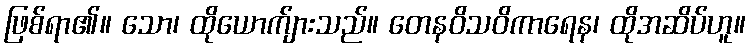
ဖြစ်ရာ၏။ သော၊ ထိုယောက်ျားသည်။ တေနဝိသဝိကာရေန၊ ထိုအဆိပ်ဟူ။